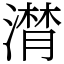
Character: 𣽽